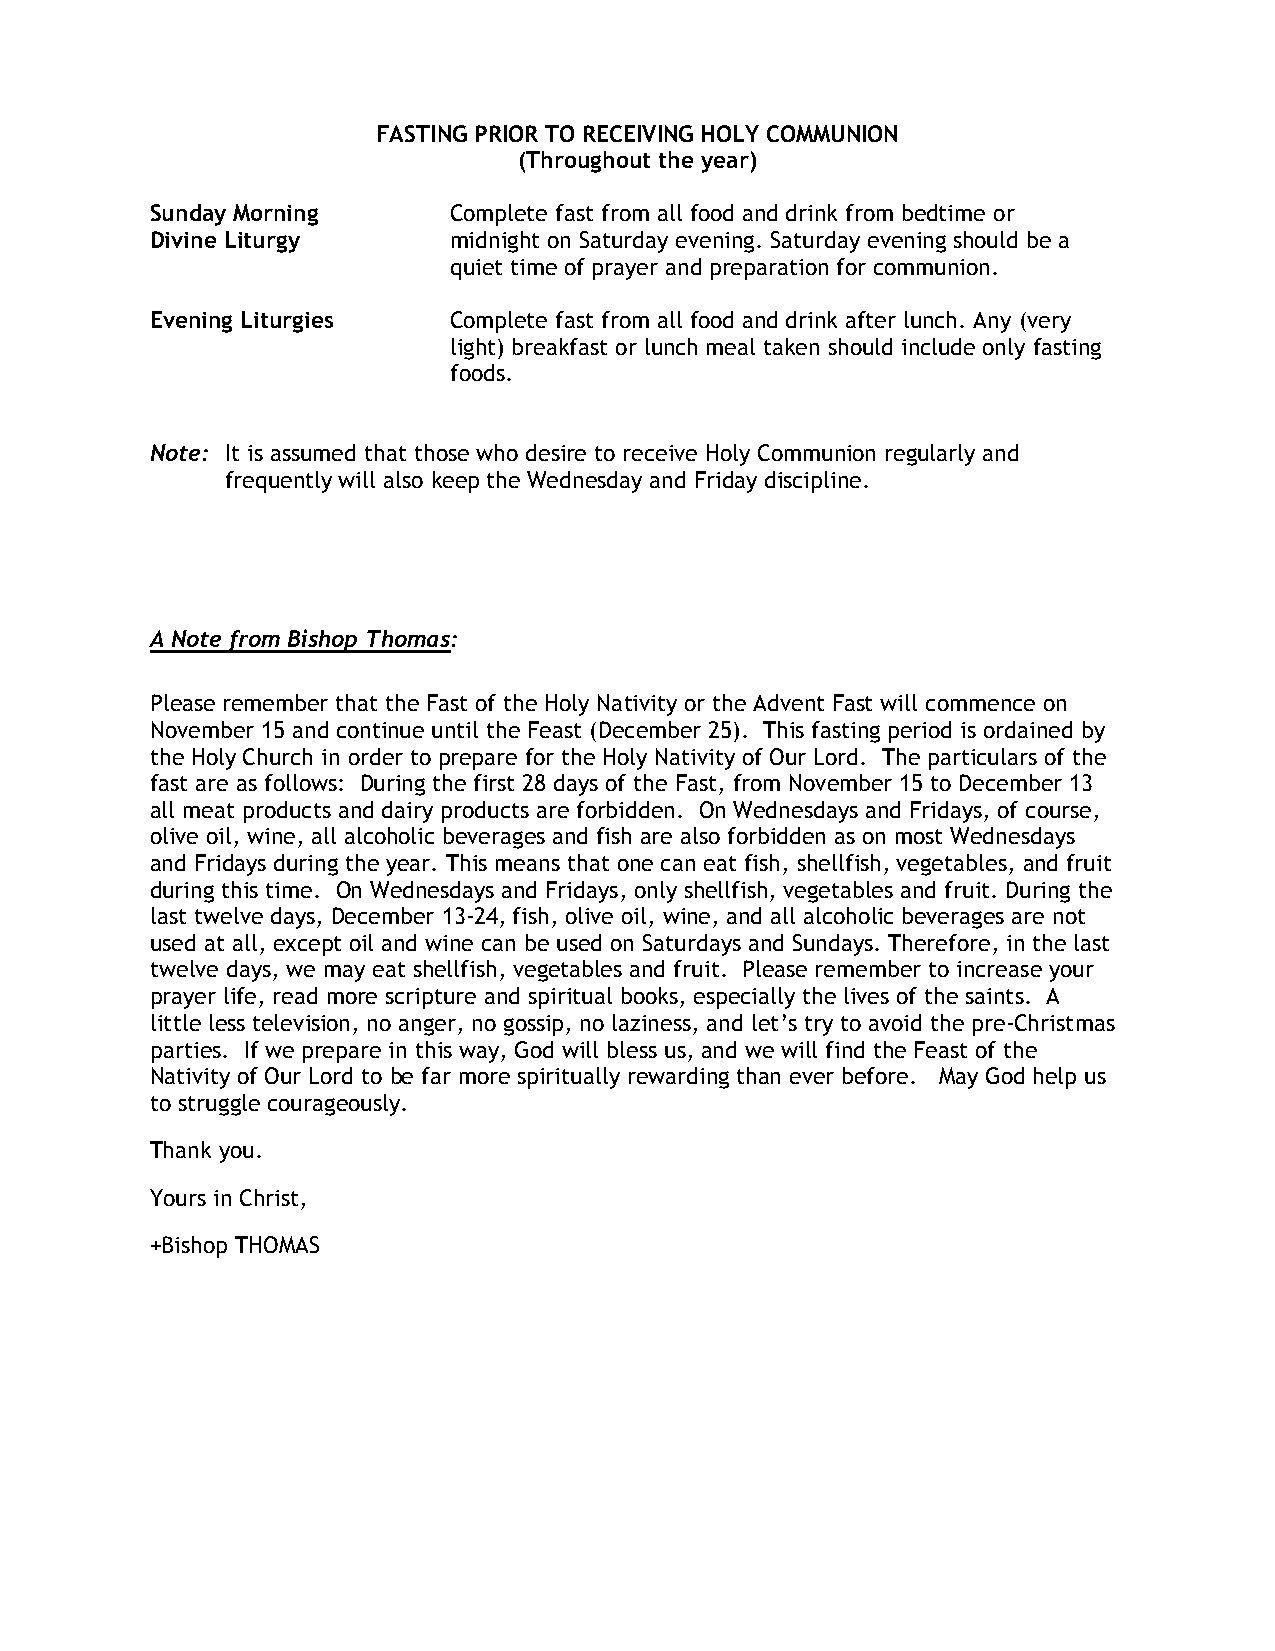
FASTING PRIOR TO RECEIVING HOLY COMMUNION
 (Throughout the year)
 Sunday Morning      Complete fast from all food and drink from bedtime or
 Divine Liturgy      midnight on Saturday evening. Saturday evening should be a
 quiet time of prayer and preparation for communion.
 Evening Liturgies   Complete fast from all food and drink after lunch. Any (very
 light) breakfast or lunch meal taken should include only fasting
 foods.
 Note: It is assumed that those who desire to receive Holy Communion regularly and
 frequently will also keep the Wednesday and Friday discipline.
 A Note from Bishop Thomas:
 Please remember that the Fast of the Holy Nativity or the Advent Fast will commence on
 November 15 and continue until the Feast (December 25). This fasting period is ordained by
 the Holy Church in order to prepare for the Holy Nativity of Our Lord. The particulars of the
 fast are as follows: During the first 28 days of the Fast, from November 15 to December 13
 all meat products and dairy products are forbidden. On Wednesdays and Fridays, of course,
 olive oil, wine, all alcoholic beverages and fish are also forbidden as on most Wednesdays
 and Fridays during the year. This means that one can eat fish, shellfish, vegetables, and fruit
 during this time. On Wednesdays and Fridays, only shellfish, vegetables and fruit. During the
 last twelve days, December 13-24, fish, olive oil, wine, and all alcoholic beverages are not
 used at all, except oil and wine can be used on Saturdays and Sundays. Therefore, in the last
 twelve days, we may eat shellfish, vegetables and fruit. Please remember to increase your
 prayer life, read more scripture and spiritual books, especially the lives of the saints. A
 little less television, no anger, no gossip, no laziness, and let’s try to avoid the pre-Christmas
 parties. If we prepare in this way, God will bless us, and we will find the Feast of the
 Nativity of Our Lord to be far more spiritually rewarding than ever before. May God help us
 to struggle courageously.
 Thank you.
 Yours in Christ,
 +Bishop THOMAS